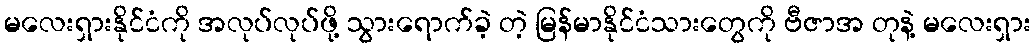
မလေးရှားနိုင်ငံကို အလုပ်လုပ်ဖို့ သွားရောက်ခဲ့ တဲ့ မြန်မာနိုင်ငံသားတွေကို ဗီဇာအ တုနဲ့ မလေးရှား